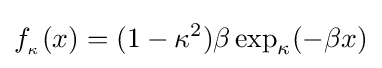
f_{_{\kappa }}(x)=(1-\kappa ^{2})\beta \exp _{\kappa }(-\beta x)